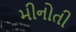
મીનોતી